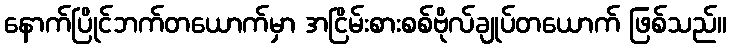
နောက်ပြိုင်ဘက်တယောက်မှာ အငြိမ်းစားစစ်ဗိုလ်ချုပ်တယောက် ဖြစ်သည်။